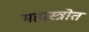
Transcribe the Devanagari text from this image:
महास्त्रोत